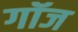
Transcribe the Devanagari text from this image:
गॉज